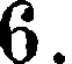
6.